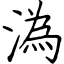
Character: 潙